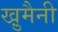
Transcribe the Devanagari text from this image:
खु़मैनी